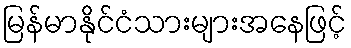
မြန်မာနိုင်ငံသားများအနေဖြင့်